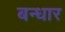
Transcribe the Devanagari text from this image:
बन्धार